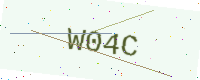
Text: W04C